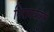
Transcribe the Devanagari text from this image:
निरामयकरी